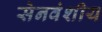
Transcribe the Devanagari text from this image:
सेनवंशीय